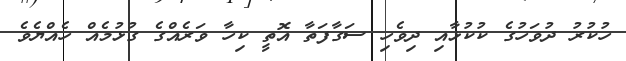
ހުކުރު ދުވަހުގެ ކުކުޅާއި ދިވެހި ސަގާފަތާ އޮތީ ކިހާ ވަރެއްގެ ގުޅުމެއް ހެއްޔެވެ